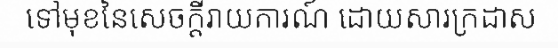
ទៅមុខនៃសេចក្តីរាយការណ៍ ដោយសារក្រដាស